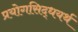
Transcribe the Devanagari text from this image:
प्रयोगसिद्धयर्थ